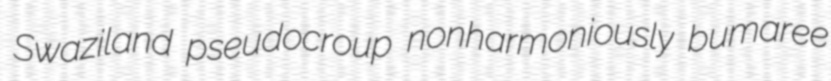
Swaziland pseudocroup nonharmoniously bumaree